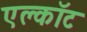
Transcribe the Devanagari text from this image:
एल्कॉट